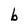
Character: b